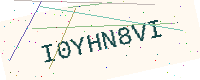
Text: I0YHN8VI